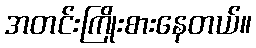
အတင်းကြိုးစားနေတယ်။